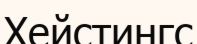
Хейстингс